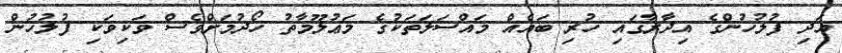
އަދި ފުލުހުންގެ އިދާރާގައި ހުރި ބައެއް މައްސަލަތަކުގެ މަޢުލޫމާތު ހޯދުމަށްވެސް ވަކިވަކި ފުލުހުން